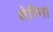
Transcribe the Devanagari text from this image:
शेरिना